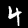
Label: 4